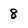
Character: 8